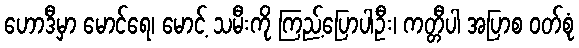
ဟောဒီမှာ မောင်ရေ၊ မောင့် သမီးကို ကြည့်ပြောပါဦး၊ ကတ္တီပါ အပြာစ ဝတ်စုံ